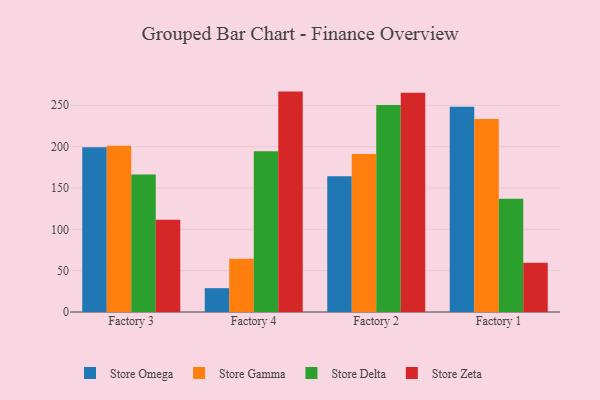
{"axis": {"x": "Factory", "y": "Customer Acquisition Cost (USD)"}, "legend": ["Store Delta", "Store Gamma", "Store Omega", "Store Zeta"], "data": [{"x": "Factory 3", "y": 199.2, "type": "Store Omega"}, {"x": "Factory 3", "y": 201.1, "type": "Store Gamma"}, {"x": "Factory 3", "y": 166.4, "type": "Store Delta"}, {"x": "Factory 3", "y": 111.6, "type": "Store Zeta"}, {"x": "Factory 4", "y": 28.8, "type": "Store Omega"}, {"x": "Factory 4", "y": 64.5, "type": "Store Gamma"}, {"x": "Factory 4", "y": 194.5, "type": "Store Delta"}, {"x": "Factory 4", "y": 266.5, "type": "Store Zeta"}, {"x": "Factory 2", "y": 164.2, "type": "Store Omega"}, {"x": "Factory 2", "y": 191.1, "type": "Store Gamma"}, {"x": "Factory 2", "y": 250.4, "type": "Store Delta"}, {"x": "Factory 2", "y": 265.2, "type": "Store Zeta"}, {"x": "Factory 1", "y": 248.3, "type": "Store Omega"}, {"x": "Factory 1", "y": 233.5, "type": "Store Gamma"}, {"x": "Factory 1", "y": 136.9, "type": "Store Delta"}, {"x": "Factory 1", "y": 59.6, "type": "Store Zeta"}]}